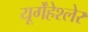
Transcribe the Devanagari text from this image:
यूर्गेंहेश्लेर